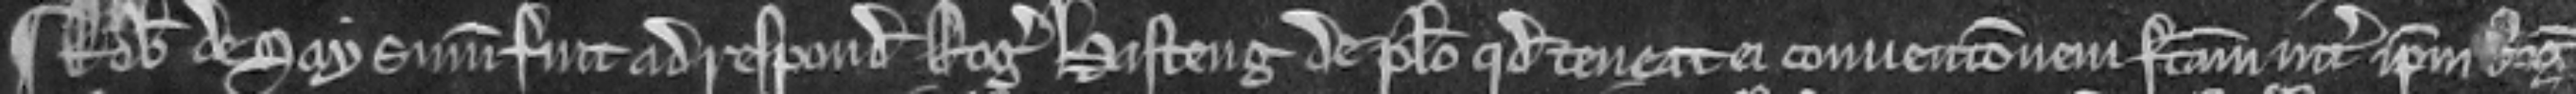
¶ Robertus de Say summonitus fuit ad respondendum Rogero Hasteng de placito quod teneat ei convencionem factam inter ipsum Rogerum